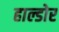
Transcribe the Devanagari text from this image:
हाल्डोर